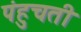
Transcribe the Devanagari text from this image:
पंहुचती